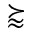
\succapprox